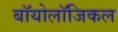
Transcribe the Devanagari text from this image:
बॉयोलॉजिकल